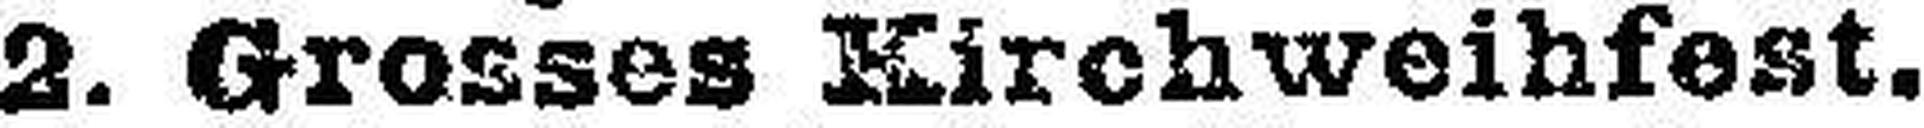
2. Grosses Kirchweihfest.